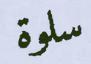
سلوة